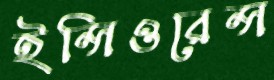
ইন্সিওরেন্স